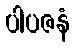
ပါပဇနံ